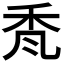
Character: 𮂷